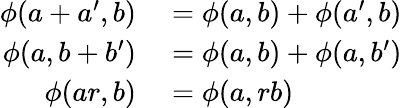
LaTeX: \begin{array}{rl}{\phi(a+a^{\prime},b)}&{{}=\phi(a,b)+\phi(a^{\prime},b)}\\ {\phi(a,b+b^{\prime})}&{{}=\phi(a,b)+\phi(a,b^{\prime})}\\ {\phi(ar,b)}&{{}=\phi(a,rb)}\end{array}